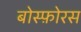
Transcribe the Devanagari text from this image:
बोस्फ़ोरस